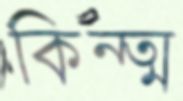
কিন্ত্ম